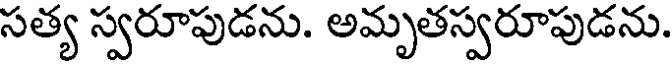
సత్య స్వరూపుడను. అమృతస్వరూపుడను.